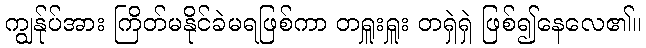
ကျွန်ုပ်အား ကြိတ်မနိုင်ခဲမရဖြစ်ကာ တရှူးရှူး တရှဲရှဲ ဖြစ်၍နေလေ၏။